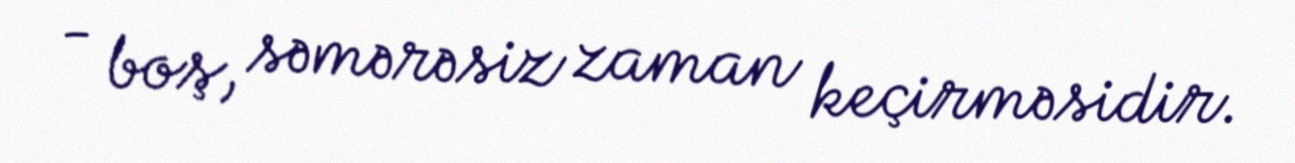
- boş, səmərəsiz zaman keçirməsidir.